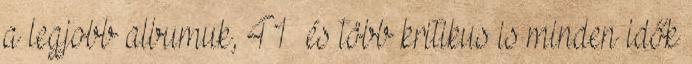
a legjobb albumuk, 41 és több kritikus is minden idők